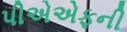
પીએએફની